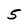
Character: 5